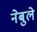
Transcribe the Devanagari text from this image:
नेबुले